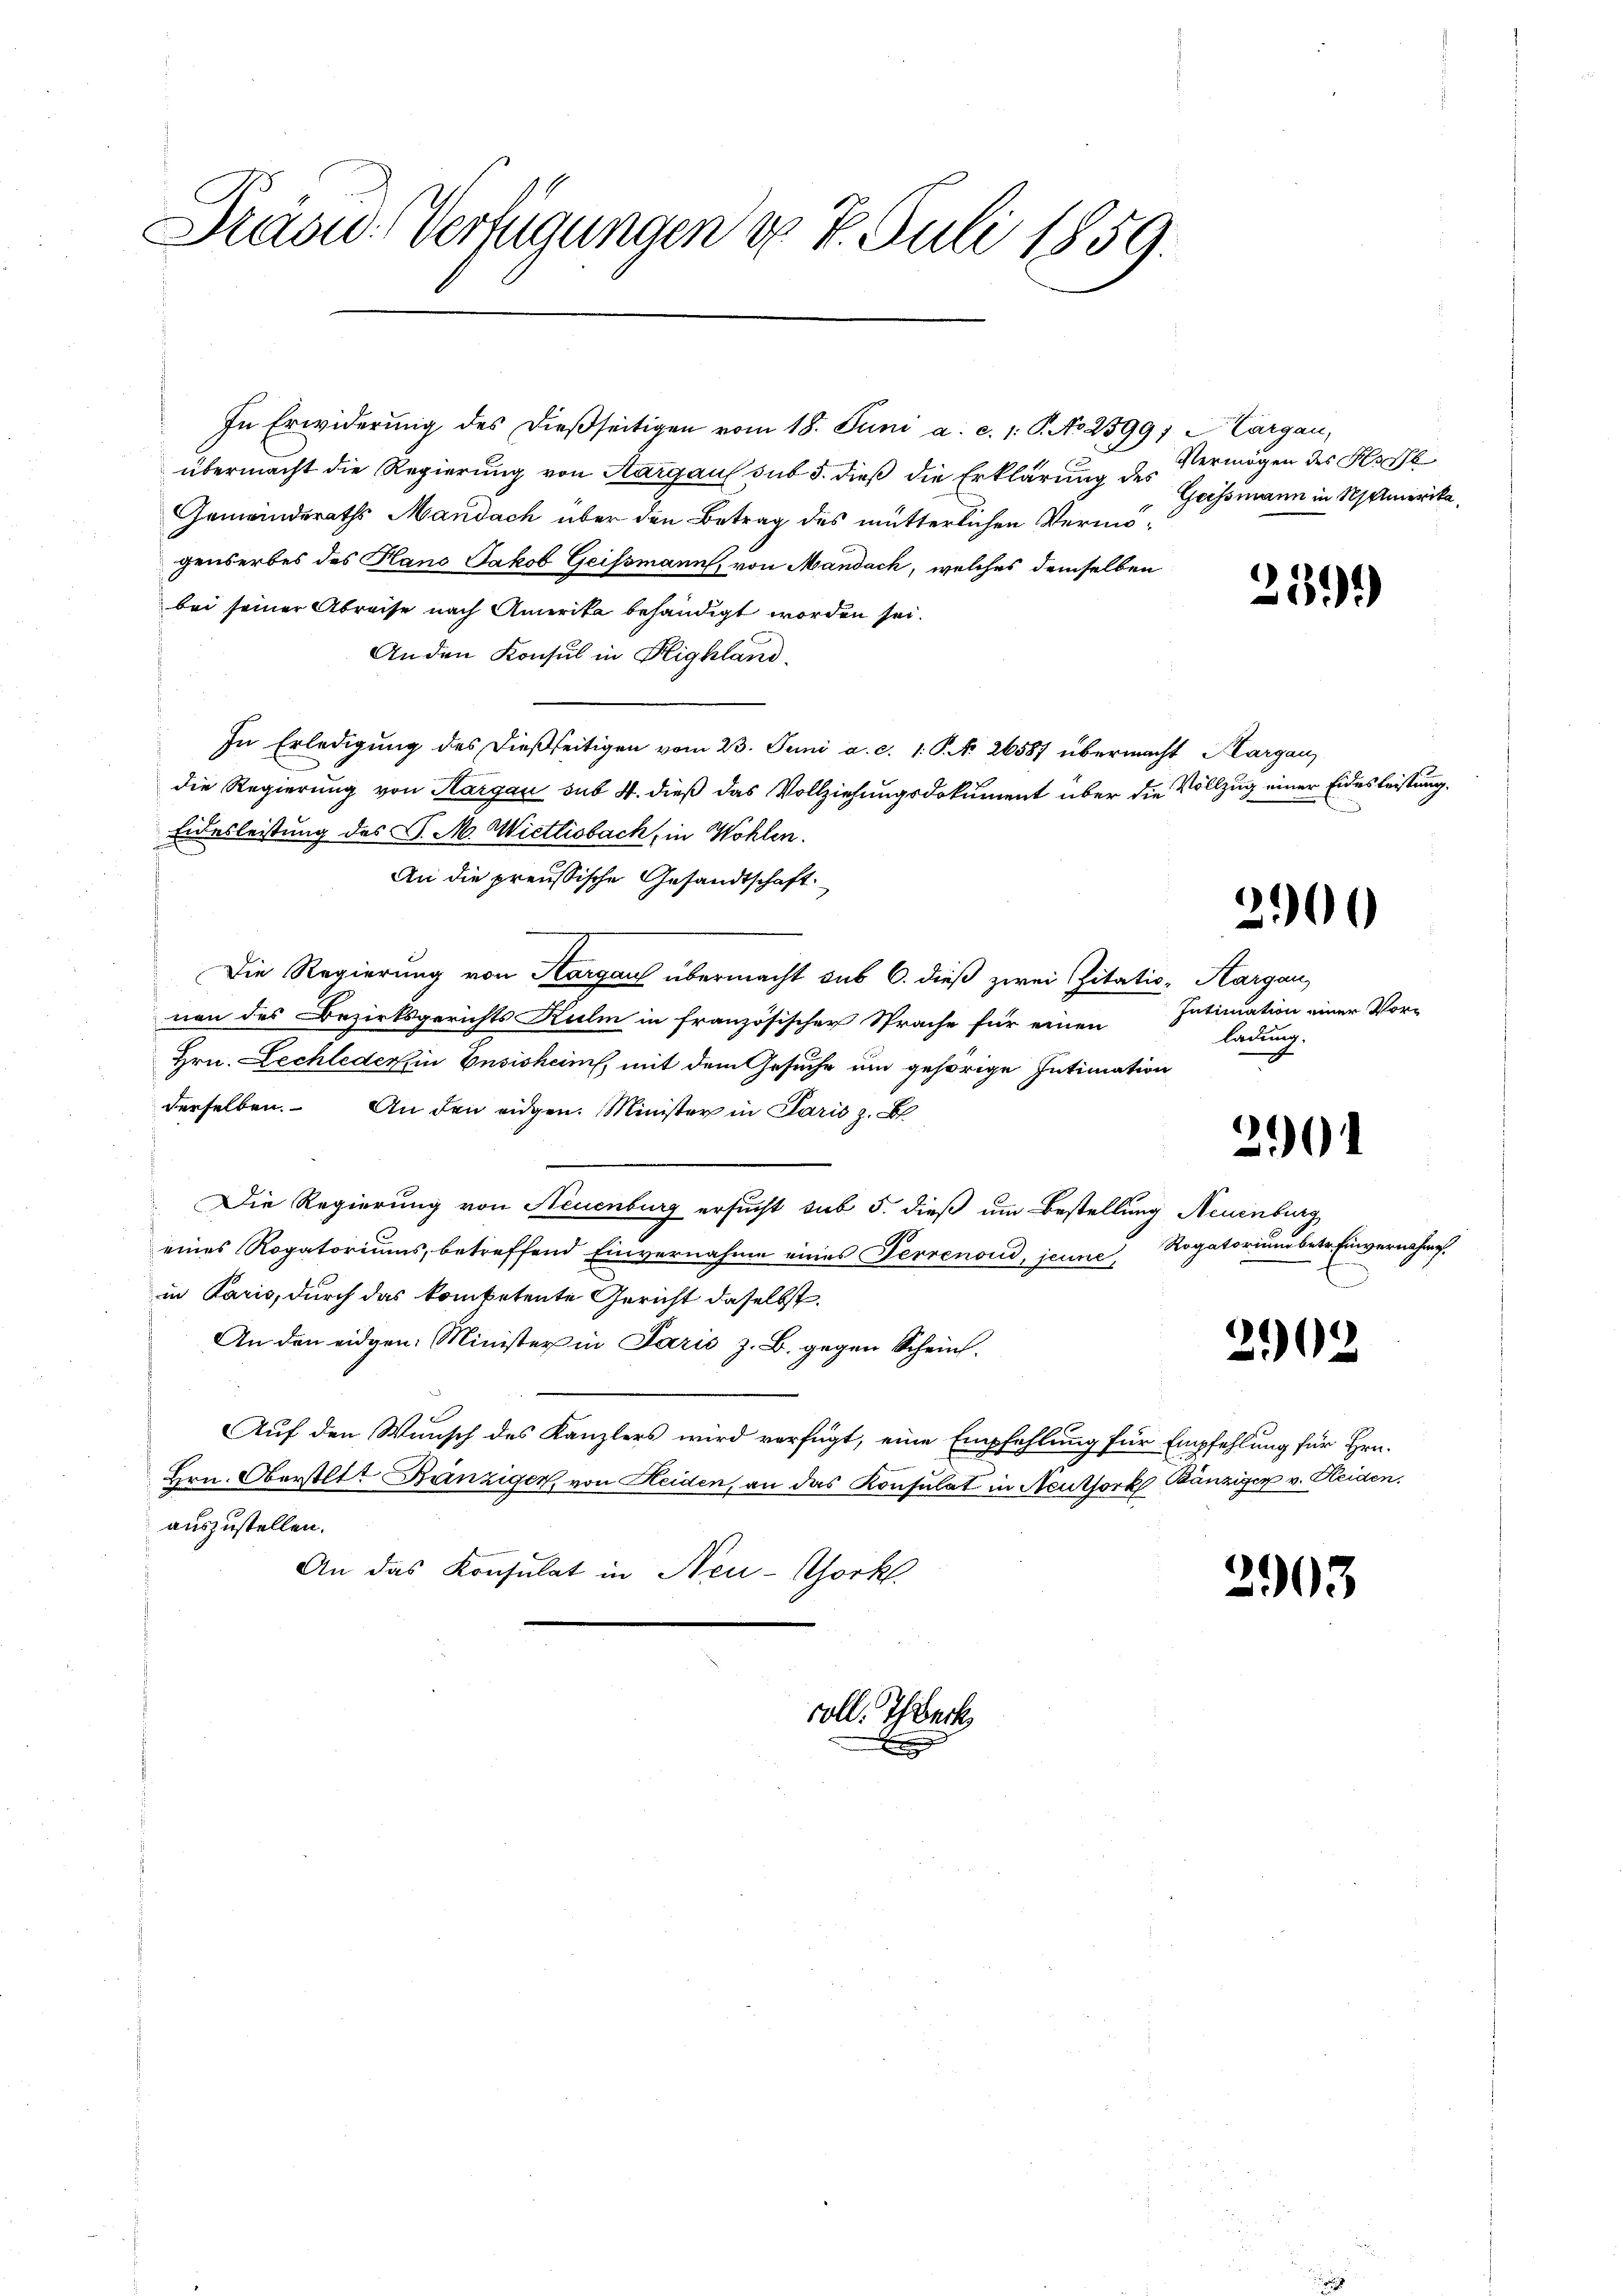
Srasu- Verfügungen d. 7. Juli 1859.

In Erwiderŭng des dießseitigen vom 18. Juni a. c. 1: P. No 2599/ Cargau,
übermacht die Regierung von Aargau sub 5. dieß die Erklärung des Gassmann in Somerika¬
Gemeinderaths Mandach über den Betrag des mutterlichen Vermögenserbes des Hans Jakob Geifsmann, von Mandach, welches demselben
bei seiner Abreise nach Amerika behändigt worden sei.
Anden Konsul in Highland.
In Erledigŭng des dießseitigen vom 23. Juni a. c. 1 S. N. 26587 übermacht Margau,
die Regierung von Hargau sub 4. dieß das Vollziehungsdokument über die Vollzug einer Eidesleistung.
Eidesleistung des C. M. Wietlisbach, in Wohlen.
An die preussische Gesandtschaft
Die Regierung von Aargau übermacht sub 6. dieß zwei Zitatio-Aargau,
non des Bezirksgerichts Kulm in französischer Sprache für einen
Hrn. Lechleder in Ensisheim, mit dem Gesuche und gehörige Intimation
derselben. An den eidgen. Minister in Paris z. B.
Die Regierung von Neuenburg ersucht sub 5. dieß um Bestellung Neuenburg
eines Rogatoriums, betreffend Einvernahme eines Terrenoud, jeune,
in Paris, durch das kompetente Gericht daselbst.
An den eidgen: Minister in Paris z. B. gegen Schein.
Auf den Wunsch des Kanzlers wird verfügt, eine Empfehlung für Empfehlung für Hrn.
Hrn. Oberstatt Bänziger, von Heiden, an das Konsulat in Neuthork Bänziger v. Heiden.
auszustellen.
An das Konsulat in Neu-Chorkl.

coll. Theeck

x

Vermögen des Beschl

239)

2900

Intimation einer Vorladung.

2

Rogatorium betr. Einvernahme

2902

2903